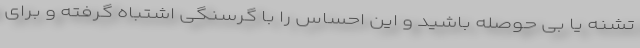
تشنه یا بی حوصله باشید و این احساس را با گرسنگی اشتباه گرفته و برای